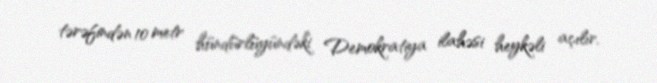
tərəfindən 10 metr hündürlüyündəki Demokratiya ilahəsi heykəli açılır.